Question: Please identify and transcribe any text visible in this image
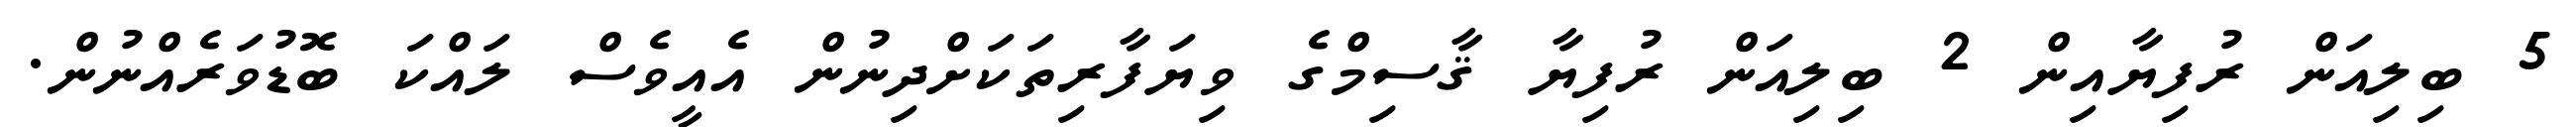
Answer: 5 ބިލިއަން ރުފިޔާއިން 2 ބިލިއަން ރުފިޔާ ޤާސިމްގެ ވިޔަފާރިތަކަށްދިނުން އެއީވެސް ލައްކަ ބޮޑުވަރެއްނުން.